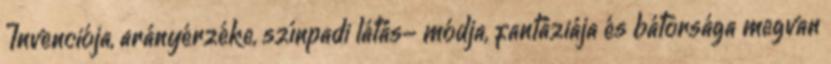
Invenciója, arányérzéke, színpadi látás- módja, fantáziája és bátorsága megvan